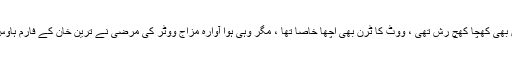
لودھراں کے جلسے میں بھی کھچا کھچ رش تھی ، ووٹ کا ٹرن بھی اچھا خاصا تھا ، مگر وہی ہوا آوارہ مزاج ووٹر کی مرضی نے ترین خان کے فارم ہاوس میں مایوسی پھیلا دی۔